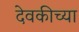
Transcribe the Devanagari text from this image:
देवकीच्या